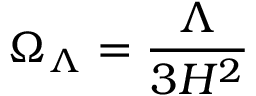
\Omega _ { \Lambda } = \frac { \Lambda } { 3 H ^ { 2 } }